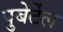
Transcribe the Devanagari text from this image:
पुबेर्टेल